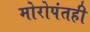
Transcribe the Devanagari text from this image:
मोरोपंतही